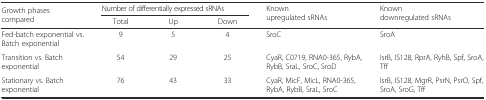
<table><thead><tr><td rowspan="2"><b>Growth phases compared</b></td><td colspan="3"><b>Number of differentially expressed sRNAs</b></td><td rowspan="2"><b>Known upregulated sRNAs</b></td><td rowspan="2"><b>Known downregulated sRNAs</b></td></tr><tr><td><b>Total</b></td><td><b>Up</b></td><td><b>Down</b></td></tr></thead><tbody><tr><td>Fed-batch exponential vs. Batch exponential</td><td>9</td><td>5</td><td>4</td><td>SroC</td><td>SroA</td></tr><tr><td>Transition vs. Batch exponential</td><td>54</td><td>29</td><td>25</td><td>CyaR, C0719, RNA0-365, RybA, RybB, SraL, SroC, SroD</td><td>IsrB, IS128, RprA, RyhB, Spf, SroA, Tff</td></tr><tr><td>Stationary vs. Batch exponential</td><td>76</td><td>43</td><td>33</td><td>CyaR, MicF, MicL, RNA0-365, RybA, RybB, SraL, SroC</td><td>IsrB, IS128, MgrR, PsrN, PsrO, Spf, SroA, SroG, Tff</td></tr></tbody></table>